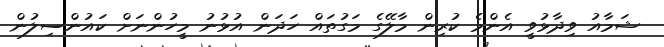
ޝަމާއު ވިދާޅުވީ އެންމެ ކުރިން މާލޭގެ މަގުތައް ހަދަން އުޅުނު މީހުންނަށް ކައުންސިލުން